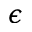
\boldsymbol { \epsilon }